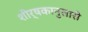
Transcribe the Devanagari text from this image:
शीर्षकानुसारी